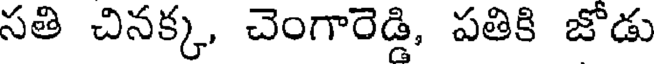
సతి చినక్క, చెంగారెడ్డి, పతికి జోడు